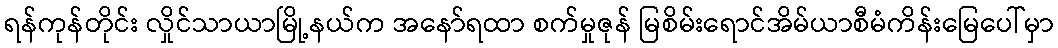
ရန်ကုန်တိုင်း လှိုင်သာယာမြို့နယ်က အနော်ရထာ စက်မှုဇုန် မြစိမ်းရောင်အိမ်ယာစီမံကိန်းမြေပေါ်မှာ